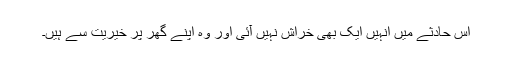
اس حادثے میں انہیں ایک بھی خراش نہیں آئی اور وہ اپنے گھر پر خیریت سے ہیں۔